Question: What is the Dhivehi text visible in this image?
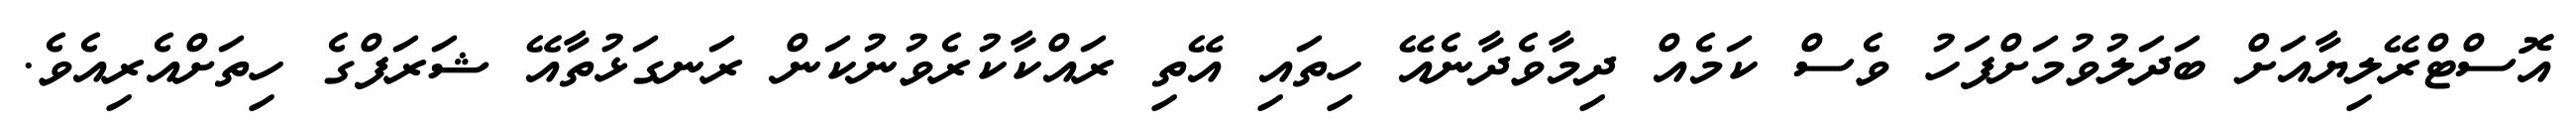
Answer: އޮސްޓްރޭލިޔާއަށް ބަދަލުވުމަށްފަހު ވެސް ކަމެއް ދިމާވެދާނެއޭ ހިތައި އޭތި ރައްކާކުރެވުނުކަން ރަނގަޅުތާއޭ ޝަރަފްގެ ހިތަށްއެރިއެވެ.